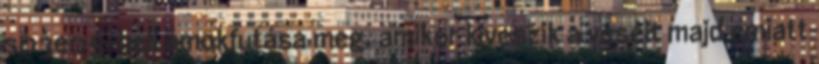
s03e05-beli ámokfutása meg, amikor kiveszik a veséit majd emiatt